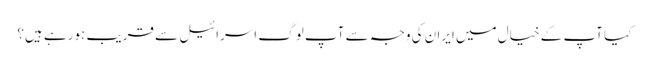
کیا آپ کے خیال میں ایران کی وجہ سے آپ لوگ اسرائیل سے قریب ہورہے ہیں؟